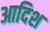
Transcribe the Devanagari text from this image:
आदिश